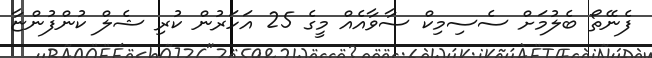
ފެނޭތޯ ބެލުމަށް ސެސިމިކް ސާވާއެއް މީގެ 25 އަހަރުން ކުރި ޝެލް ކުންފުންޏާ